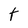
Character: t